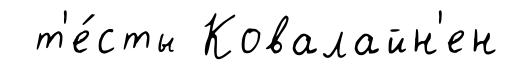
т'е́сты Ковалайн'ен